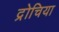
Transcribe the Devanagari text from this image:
द्रोचिया